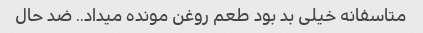
متاسفانه خیلی بد بود طعم روغن مونده میداد.. ضد حال